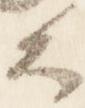
公